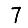
Digit: 7